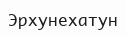
Эрхунехатун